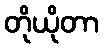
တိုယိုတာ